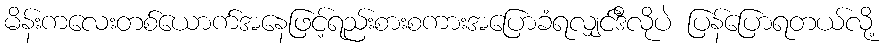
မိန်းကလေးတစ်ယောက်အနေဖြင့်ရည်းစားစကားအပြောခံရလျှင်ဒီလိုပဲ ပြန်ပြောရတယ်လို့